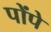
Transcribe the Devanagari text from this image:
पोंपे